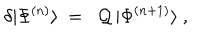
LaTeX: \delta | \Phi ^ { ( n ) } \rangle \ = \ \ { \cal Q } \, | \Phi ^ { ( n + 1 ) } \rangle \ ,